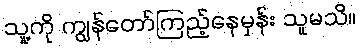
သူ့ကို ကျွန်တော်ကြည့်နေမှန်း သူမသိ။